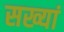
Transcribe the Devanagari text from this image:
सख्यां